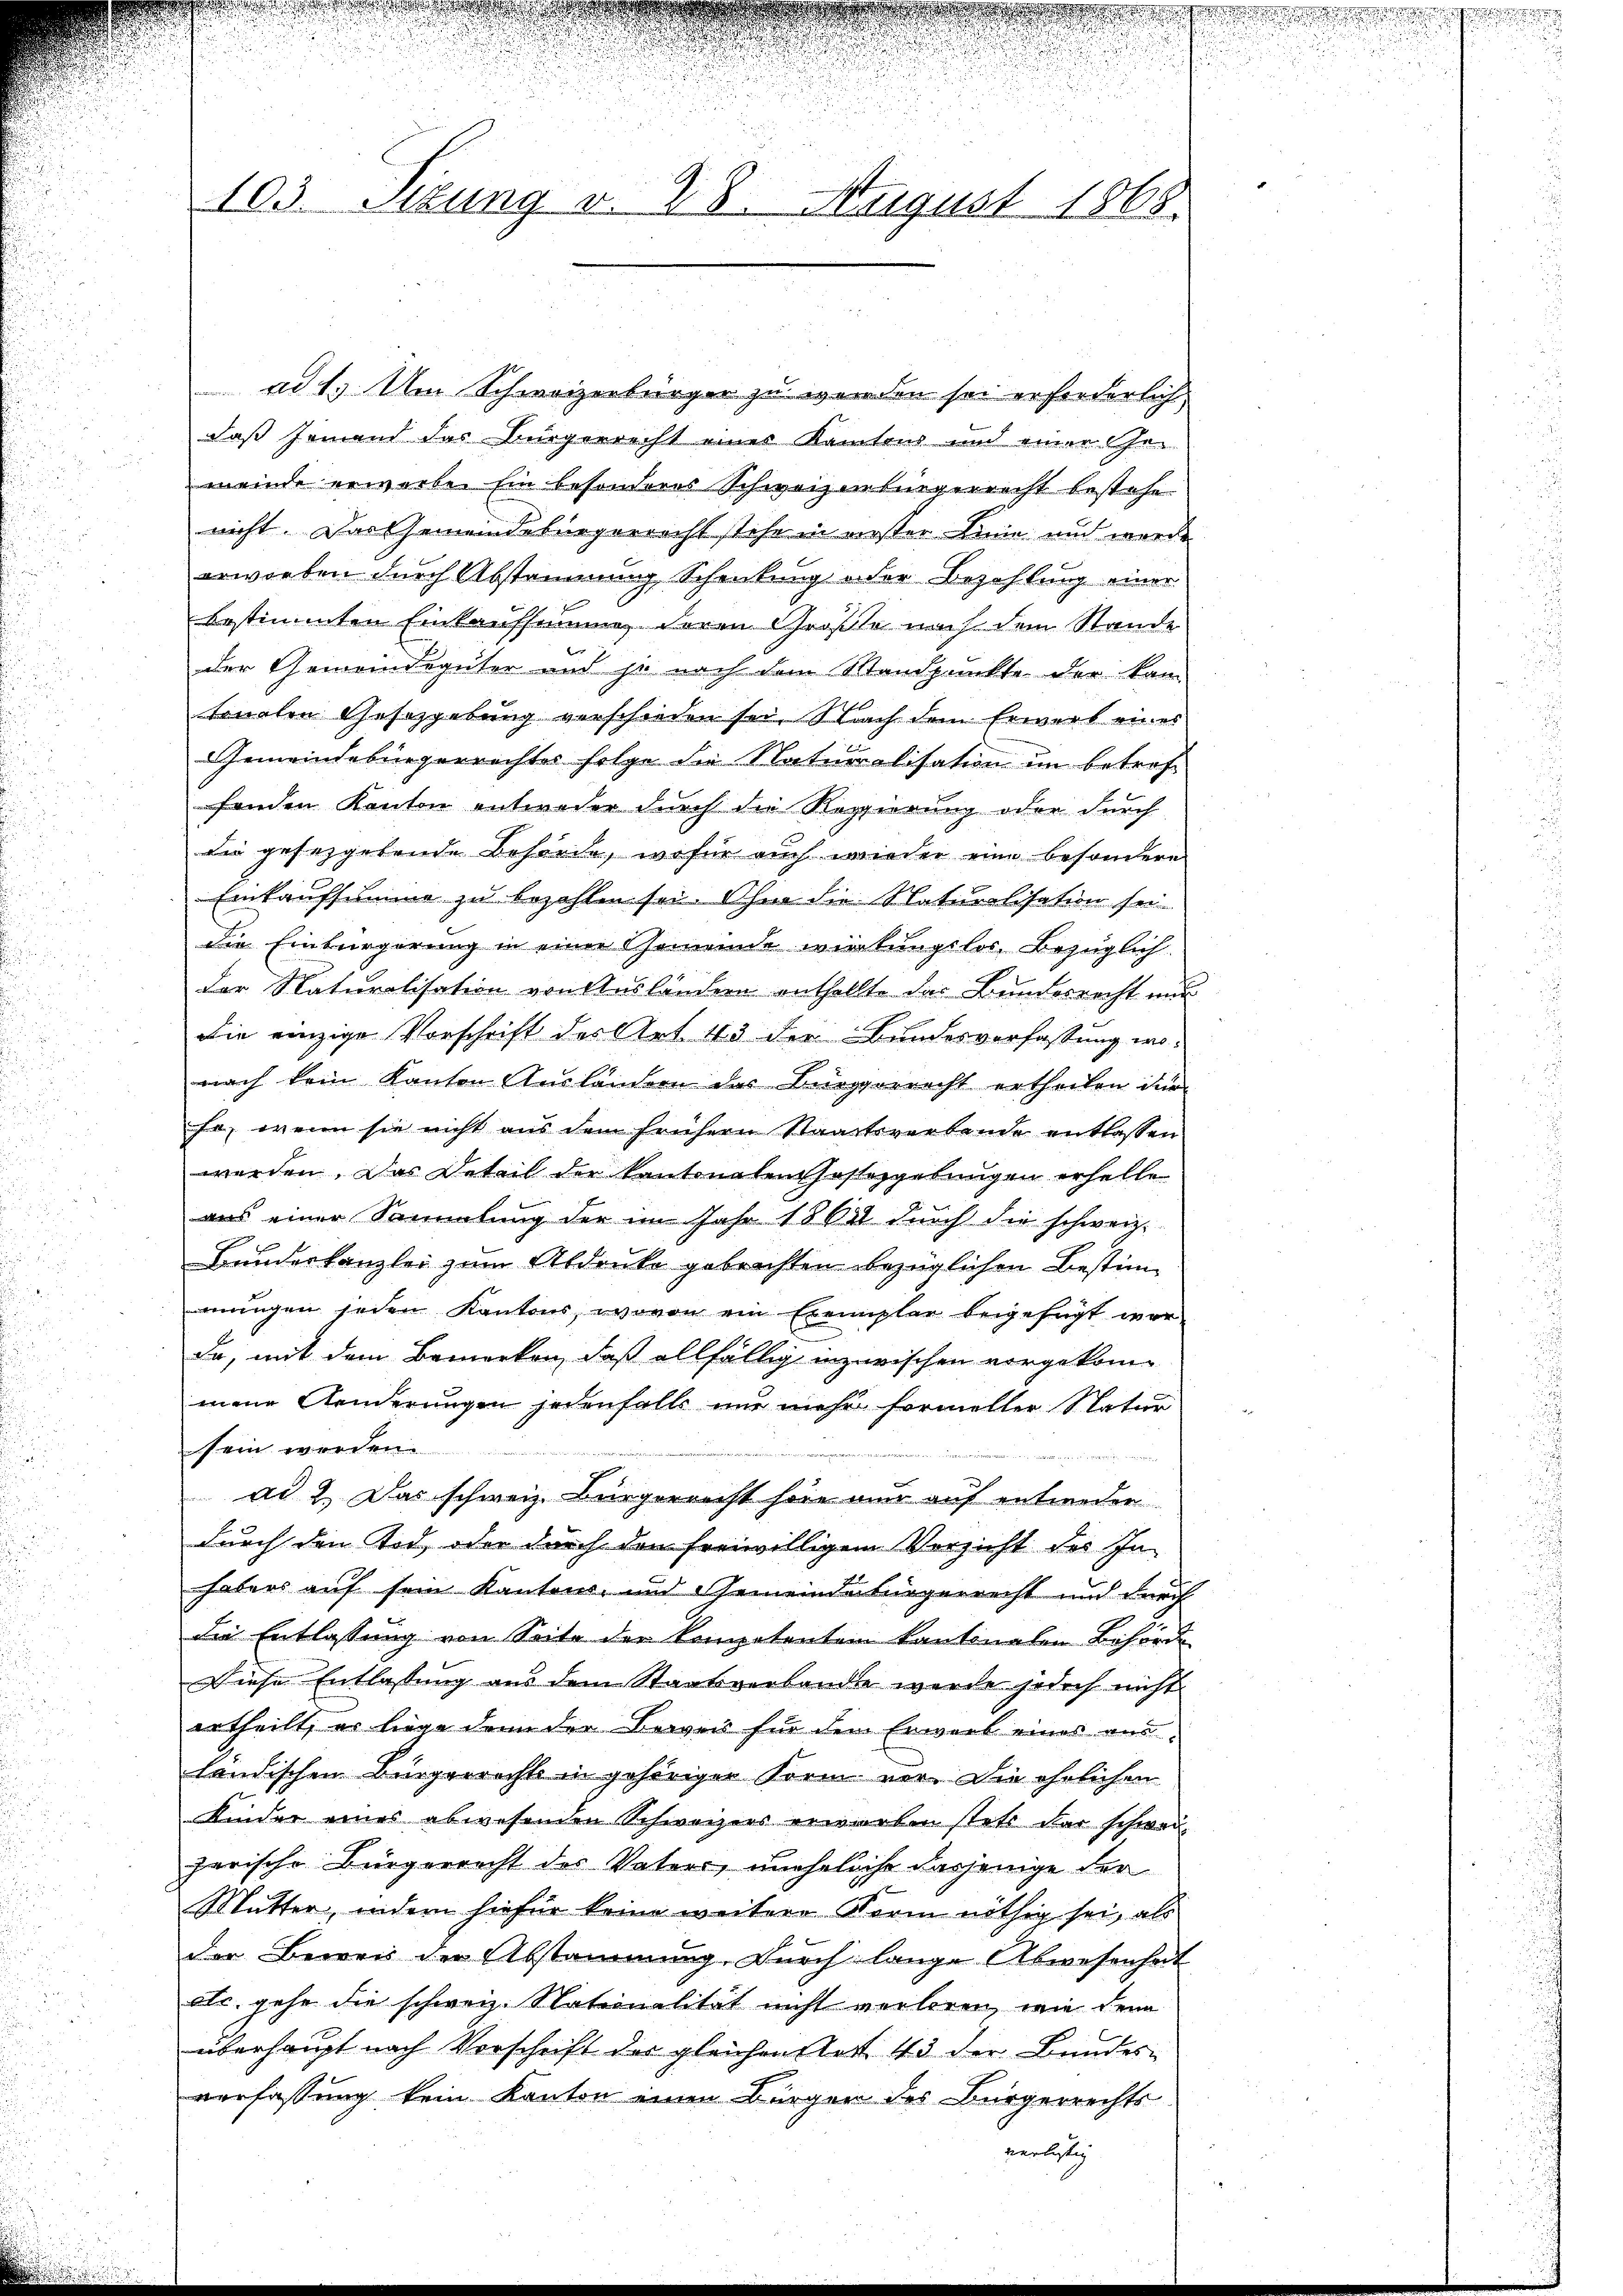
103. Stung v. 28. August 1868.

ad 1. Am Schweizerbürger zu werden sei erforderlich,
daß Jemand das Bürgerrecht eines Kantons und einer Gemeinde erwarbe. Ein besonderes Schweizerbürgerrecht bestehe
nicht. Das Gemeindebürgerrecht stehe in verster Linie und wurde
erworben durch Abstammung Schenkung der Bezahlung einer
bestimmten Einkaufsumme deren Größte nach dem Stande
der Gemeindegüter und je nach dem Standpunkte der kam
sonalen Gesetzgebung verschieden sei. Nach dem Erwerk eines
Gemeindebürgerrechter folge die Naturalisation im betroffenden Kanton entweder durch die Regierung oder durch
die gesezgetende Behörde, wofür auch wieder eine besondere
Einkaufsumme zu bezahlen sei. Ohne die Naturalisation sei
die Einbürgerung in einer Gemeinde wirkungslos. Bezüglich
Der Naturalisation von Ausländern enthellte das Bundesrecht nur
die einzige Vorschrift des Art. 43 der Bundesverfassung wonach kein Kanton Aŭsländern des Bürgerrecht ertheilen in
Er, wenn sie nicht aus dem frühern Staatsverbande entlassen
werden. Das Beteil der Kantonalen Gastzgebungen erhelle
aus einer Sammlung der im Jahr 1862 durch die schweiz.
Bundeskanzlei zum Abdruke gebrachten bezüglichen Bestimmnungen jeden Kantons, wovon ein Exemplar beigefügt war
da, mit dem Bemerken, daß allfällig inzwischen vorgekom-
mene Aenderungen jedenfalls nur mehr formeller Natur
sein worden.
ad 2. Das schweiz. Bürgerrecht sein nur auf entweder
durch den Tod, oder durch den freiwilligem Versicht des In-
habers auf sein Kantons- und Gemeindebürgerrecht und durch
die Entlassung von Seite der kompetenten kantonalen Behörde
Diese Entlassung aus dem Staatsverbande wurde jedoch nicht
ertheilt, er liege dann der Beweis für den Erwerb eines ausländischen Bürgerrechts in gehöriger Form vor. Die ehrlichen
Kinder eines abwesenden Schweizers erwarben stets dar schweizerische Bürgerrecht des Vaters, uneheliche dasjenige der
Mutter, indem hiefür keine weitere Form nöthig sei, als
der Beweis der Abstammung. Durch lange Abwesenheit
als, gehe die schweiz. Nationalität nicht verloren, wie denn
überhaupt nach Verschrift des gleichen Rest 43 der Bundes-
verfassung kein Kanton einen Bürger des Bürgerrechts
verbestig